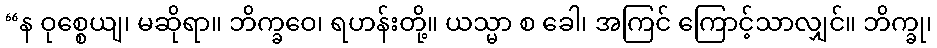
“န ဝုစ္စေယျ၊ မဆိုရာ။ ဘိက္ခဝေ၊ ရဟန်းတို့။ ယသ္မာ စ ခေါ၊ အကြင် ကြောင့်သာလျှင်။ ဘိက္ခု၊